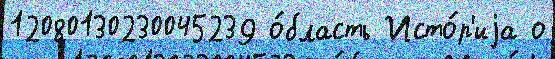
12080130230045239 о́бласть Исто́р'иjа о